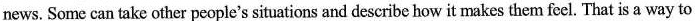
news.Some can take other people's situations and describe how it makes them feel. That is a way to